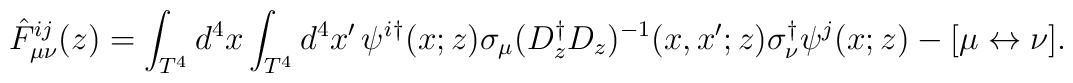
\hat F^{ij}_{\mu\nu}(z)=\int_{T^4}d^4x\int_{T^4}d^4x'\,\psi^i{}^\dagger(x;z)\sigma_\mu (D_z^\dagger D_z)^{-1}(x,x';z)\sigma_\nu^\dagger\psi^j(x;z)-[\mu\leftrightarrow\nu].